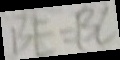
B E = B C